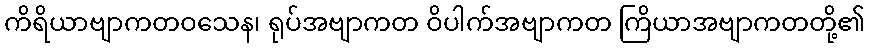
ကိရိယာဗျာကတဝသေန၊ ရုပ်အဗျာကတ ဝိပါက်အဗျာကတ ကြိယာအဗျာကတတို့၏